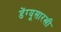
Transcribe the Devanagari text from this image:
डेंग्यूसारखी